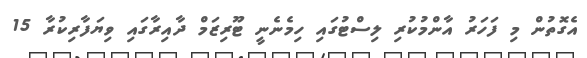
އެގޮތުން މި ފަހަރު އާންމުކުރި ލިސްޓުގައި ހިމެނެނީ ޓޫރިޒަމް ދާއިރާގައި ވިޔަފާރިކުރާ 15